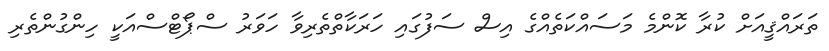
ތަރައްޤީއަށް ކުރާ ކޮންމެ މަސައްކަތެއްގެ އިސް ސަފުގައި ހަރަކާތްތެރިވާ ހަވަރު ސްޕޯޓްސްއަކީ ހިންގުންތެރި